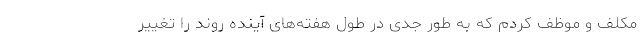
مکلف و موظف کردم که به طور جدی در طول هفته‌های آینده روند را تغییر